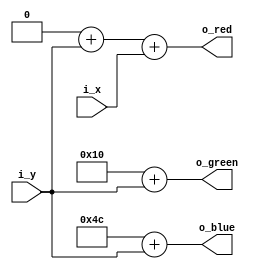
`timescale 1ns / 1ps
`default_nettype none

// Project F: Display Controller Test Card: Gradient
// (C)2019 Will Green, Open Source Hardware released under the MIT License
// Learn more at https://projectf.io

module test_card_gradient (
    input wire [5:0] i_x,
    input wire [7:0] i_y,
    output wire [7:0] o_red,
    output wire [7:0] o_green,
    output wire [7:0] o_blue
    );

    localparam base_red     = 8'h00;
    localparam base_green   = 8'h10;
    localparam base_blue    = 8'h4C;

    assign o_red    = base_red + i_y + {2'b0, i_x};
    assign o_green  = base_green + i_y;
    assign o_blue   = base_blue + i_y;
endmodule